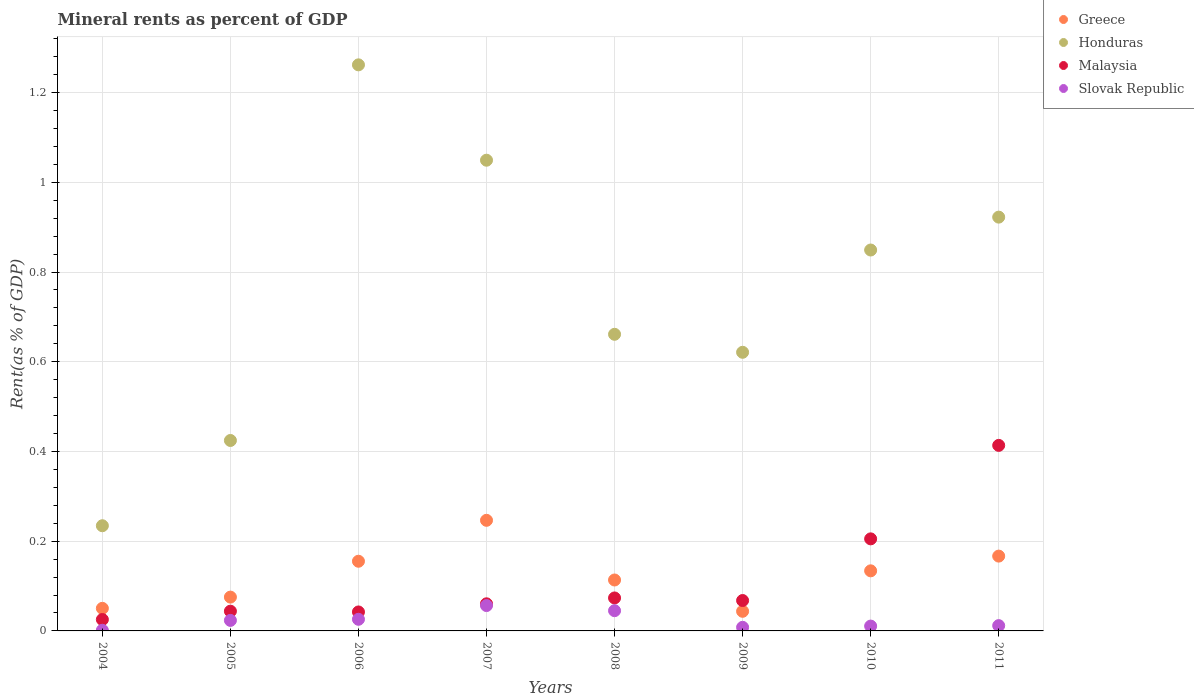
| Years | Greece | Honduras | Malaysia | Slovak Republic |
 | --- | --- | --- | --- | --- |
 | 2004 | 0.0503 | 0.234 | 0.0254 | 0.00146 |
 | 2005 | 0.0754 | 0.425 | 0.044 | 0.0235 |
 | 2006 | 0.155 | 1.26 | 0.0423 | 0.0259 |
 | 2007 | 0.247 | 1.05 | 0.0604 | 0.0565 |
 | 2008 | 0.114 | 0.661 | 0.0735 | 0.0451 |
 | 2009 | 0.0437 | 0.621 | 0.0678 | 0.00802 |
 | 2010 | 0.134 | 0.849 | 0.205 | 0.0108 |
 | 2011 | 0.167 | 0.922 | 0.414 | 0.0118 |